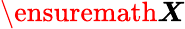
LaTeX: {\ensuremath\boldsymbol{X}}